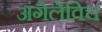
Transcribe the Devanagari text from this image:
अंगेलेविच